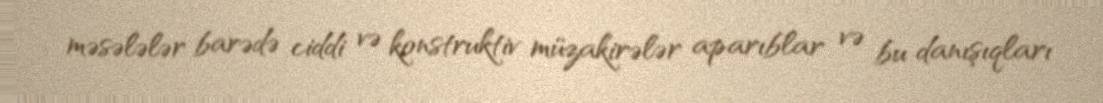
məsələlər barədə ciddi və konstruktiv müzakirələr aparıblar və bu danışıqları